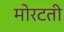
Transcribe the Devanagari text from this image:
मोरटती